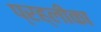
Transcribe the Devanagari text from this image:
प्रह्लीका